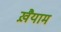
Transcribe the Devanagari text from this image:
ख़ैयाम